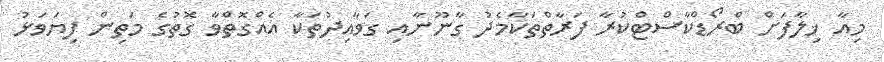
މިއާ ޚިލާފަށް ބްރޯޑްކާސްޓްކުރާ ފަރާތްތަކާމެދު ގާނޫނާއި ގަވާއިދުތަކާ އެއްގޮތްވާ ގޮތުގެ މަތިން ފިޔަވަޅު